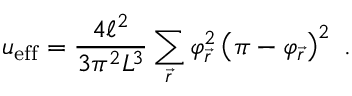
u _ { \mathrm { e f f } } = \frac { 4 \ell ^ { 2 } } { 3 \pi ^ { 2 } L ^ { 3 } } \sum _ { \vec { r } } \varphi _ { \vec { r } } ^ { 2 } \left( \pi - \varphi _ { \vec { r } } \right) ^ { 2 } \ .